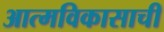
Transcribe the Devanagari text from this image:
आत्मविकासाची